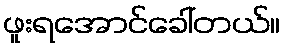
ဖူးရအောင်ခေါ်တယ်။